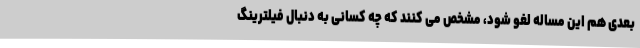
بعدی هم این مساله لغو شود، مشخص می کنند که چه کسانی به دنبال فیلترینگ